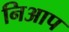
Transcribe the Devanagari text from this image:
निआप